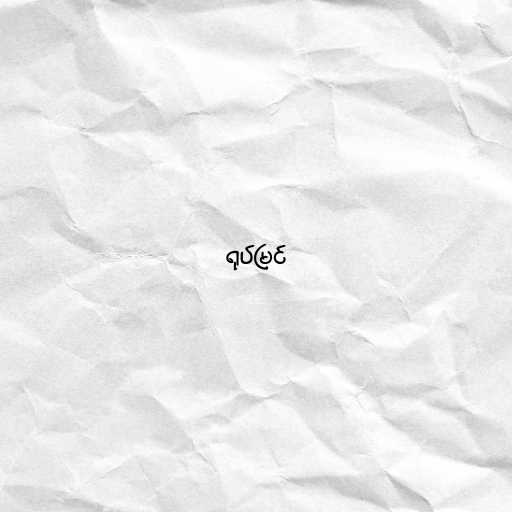
ရုပ်မြင်